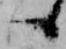
候